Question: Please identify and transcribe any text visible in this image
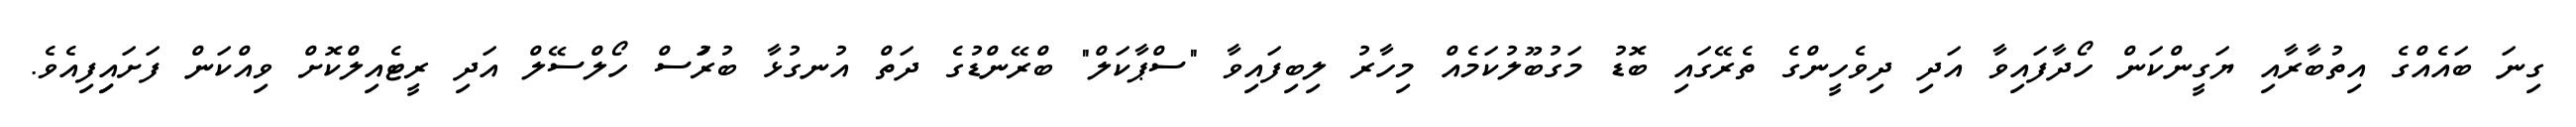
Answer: ގިނަ ބައެއްގެ އިތުބާރާއި ޔަގީންކަން ހޯދާފައިވާ އަދި ދިވެހީންގެ ތެރޭގައި ބޮޑު މަގުބޫލުކަމެއް މިހާރު ލިބިފައިވާ "ސްޕާކަލް" ބްރޭންޑުގެ ދަތް އުނގުޅާ ބުރުަސް ހޯލްސޭލް އަދި ރީޓެއިލްކޮށް ވިއްކަން ފަށައިިފިއެވެ.